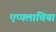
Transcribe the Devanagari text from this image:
एप्पलाचिया